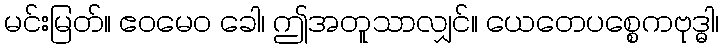
မင်းမြတ်။ ဧဝမေဝ ခေါ၊ ဤအတူသာလျှင်။ ယေတေပစ္စေကဗုဒ္ဓါ၊